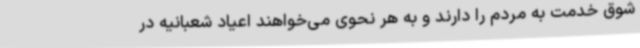
شوق خدمت به مردم را دارند و به هر نحوی می‌خواهند اعیاد شعبانیه در